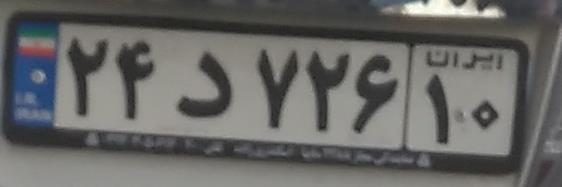
۲۴د۷۲۶۱۰